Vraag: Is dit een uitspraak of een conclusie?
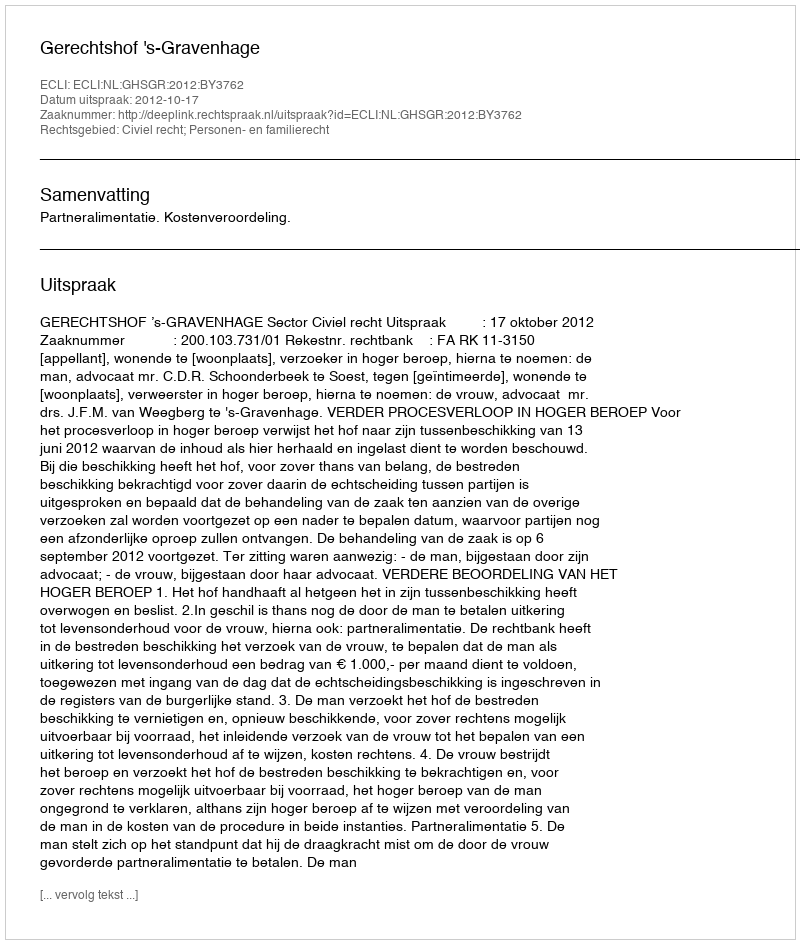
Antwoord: Uitspraak